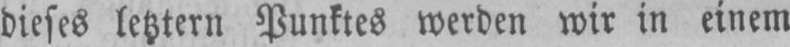
dieses letztern Punktes werden wir in einem